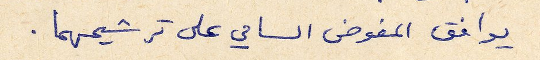
يوافق المفوض السامي على ترشيحهما.